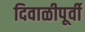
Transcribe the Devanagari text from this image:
दिवाळीपूर्वी